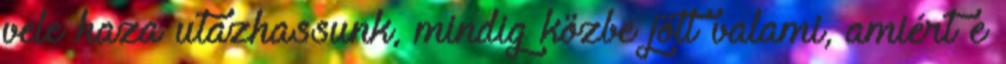
vele haza utazhassunk, mindig közbe jött valami, amiért e